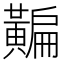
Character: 𪏗